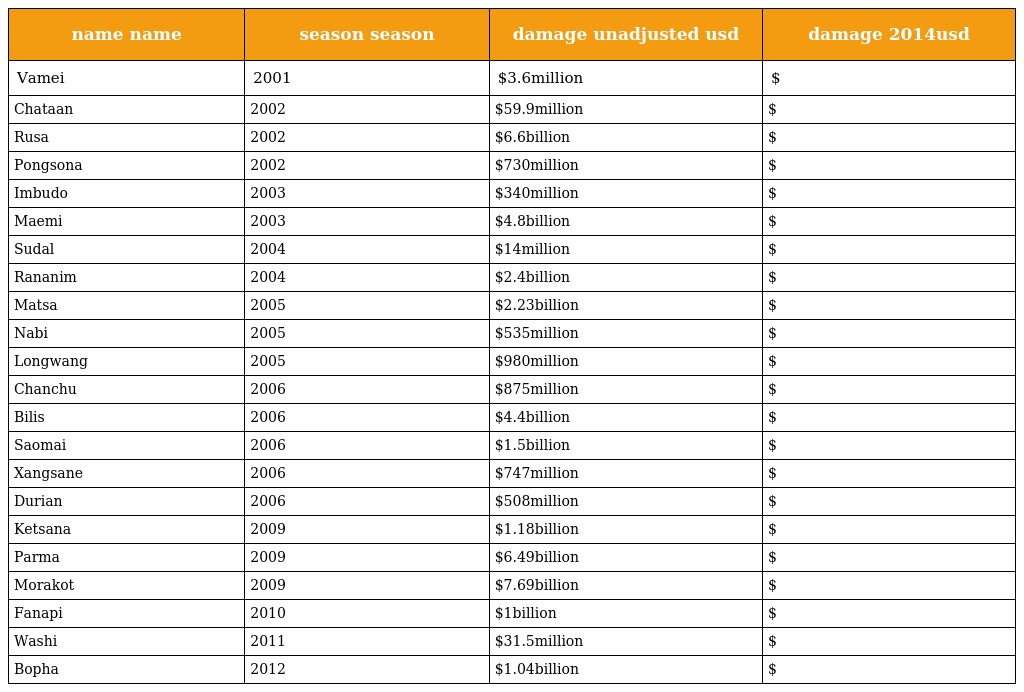
| name name | season season | damage unadjusted usd | damage 2014usd |
 | --- | --- | --- | --- |
 | Vamei | 2001 | $3.6million | $ |
 | Chataan | 2002 | $59.9million | $ |
 | Rusa | 2002 | $6.6billion | $ |
 | Pongsona | 2002 | $730million | $ |
 | Imbudo | 2003 | $340million | $ |
 | Maemi | 2003 | $4.8billion | $ |
 | Sudal | 2004 | $14million | $ |
 | Rananim | 2004 | $2.4billion | $ |
 | Matsa | 2005 | $2.23billion | $ |
 | Nabi | 2005 | $535million | $ |
 | Longwang | 2005 | $980million | $ |
 | Chanchu | 2006 | $875million | $ |
 | Bilis | 2006 | $4.4billion | $ |
 | Saomai | 2006 | $1.5billion | $ |
 | Xangsane | 2006 | $747million | $ |
 | Durian | 2006 | $508million | $ |
 | Ketsana | 2009 | $1.18billion | $ |
 | Parma | 2009 | $6.49billion | $ |
 | Morakot | 2009 | $7.69billion | $ |
 | Fanapi | 2010 | $1billion | $ |
 | Washi | 2011 | $31.5million | $ |
 | Bopha | 2012 | $1.04billion | $ |